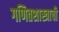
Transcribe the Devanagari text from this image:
गणितशास्त्राची